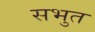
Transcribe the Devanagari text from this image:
सभुत